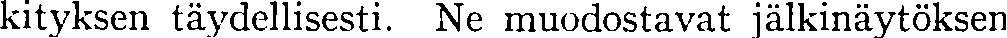
kityksen täydellisesti. Ne muodostavat jälkinäytöksen